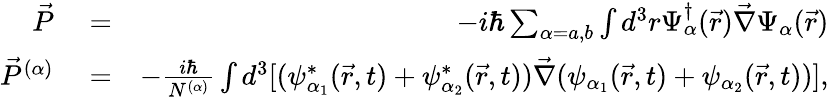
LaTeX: \begin{array}{rlr}{\vec{P}}&{{}=}&{-i\hbar\sum_{\alpha=a,b}\int d^{3}r\Psi_{\alpha}^{\dagger}(\vec{r})\vec{\nabla}\Psi_{\alpha}(\vec{r})}\\ {\vec{P}^{(\alpha)}}&{{}=}&{-\frac{i\hbar}{N^{(\alpha)}}\int d^{3}[(\psi_{\alpha_{1}}^{*}(\vec{r},t)+\psi_{\alpha_{2}}^{*}(\vec{r},t))\vec{\nabla}(\psi_{\alpha_{1}}(\vec{r},t)+\psi_{\alpha_{2}}(\vec{r},t))],}\end{array}